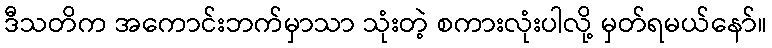
ဒီသတိက အကောင်းဘက်မှာသာ သုံးတဲ့ စကားလုံးပါလို့ မှတ်ရမယ်နော်။